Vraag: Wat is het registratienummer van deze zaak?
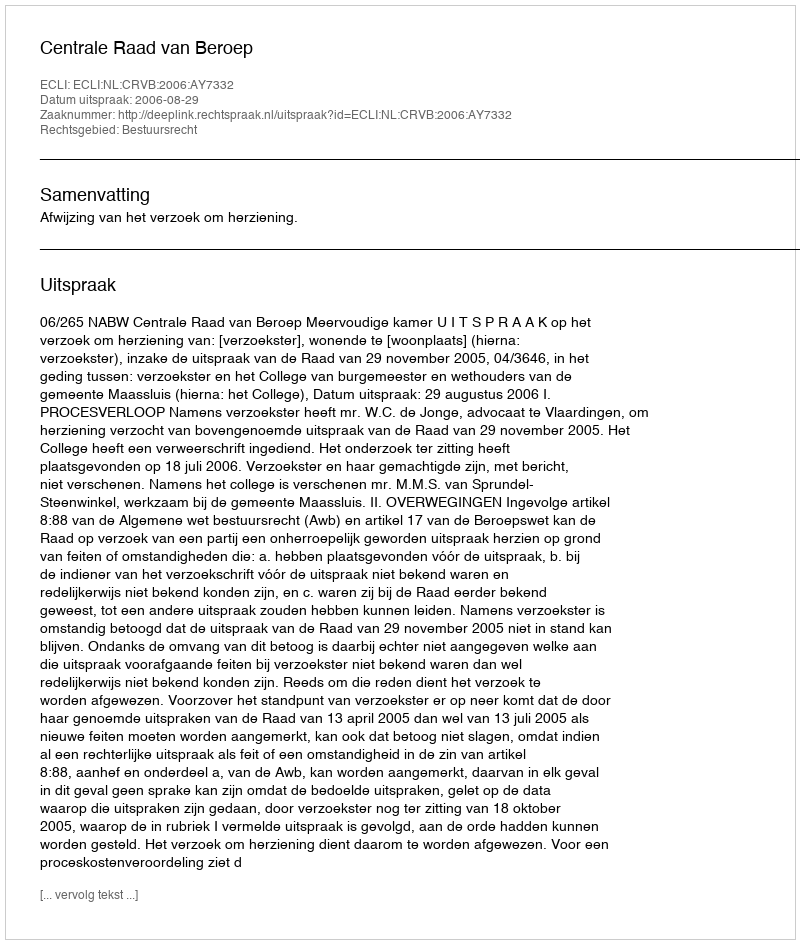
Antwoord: http://deeplink.rechtspraak.nl/uitspraak?id=ECLI:NL:CRVB:2006:AY7332